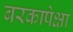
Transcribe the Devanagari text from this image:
बरकापेक्षा